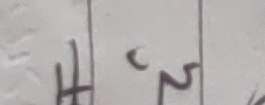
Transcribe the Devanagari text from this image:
हर्स